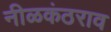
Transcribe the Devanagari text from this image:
नीळकंठराव